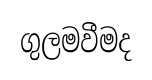
ගුලමවීමද